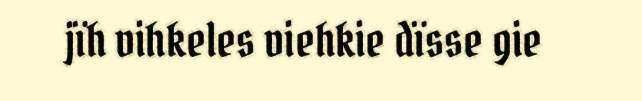
jïh vihkeles viehkie dïsse gie